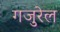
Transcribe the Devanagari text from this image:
गजुरेल